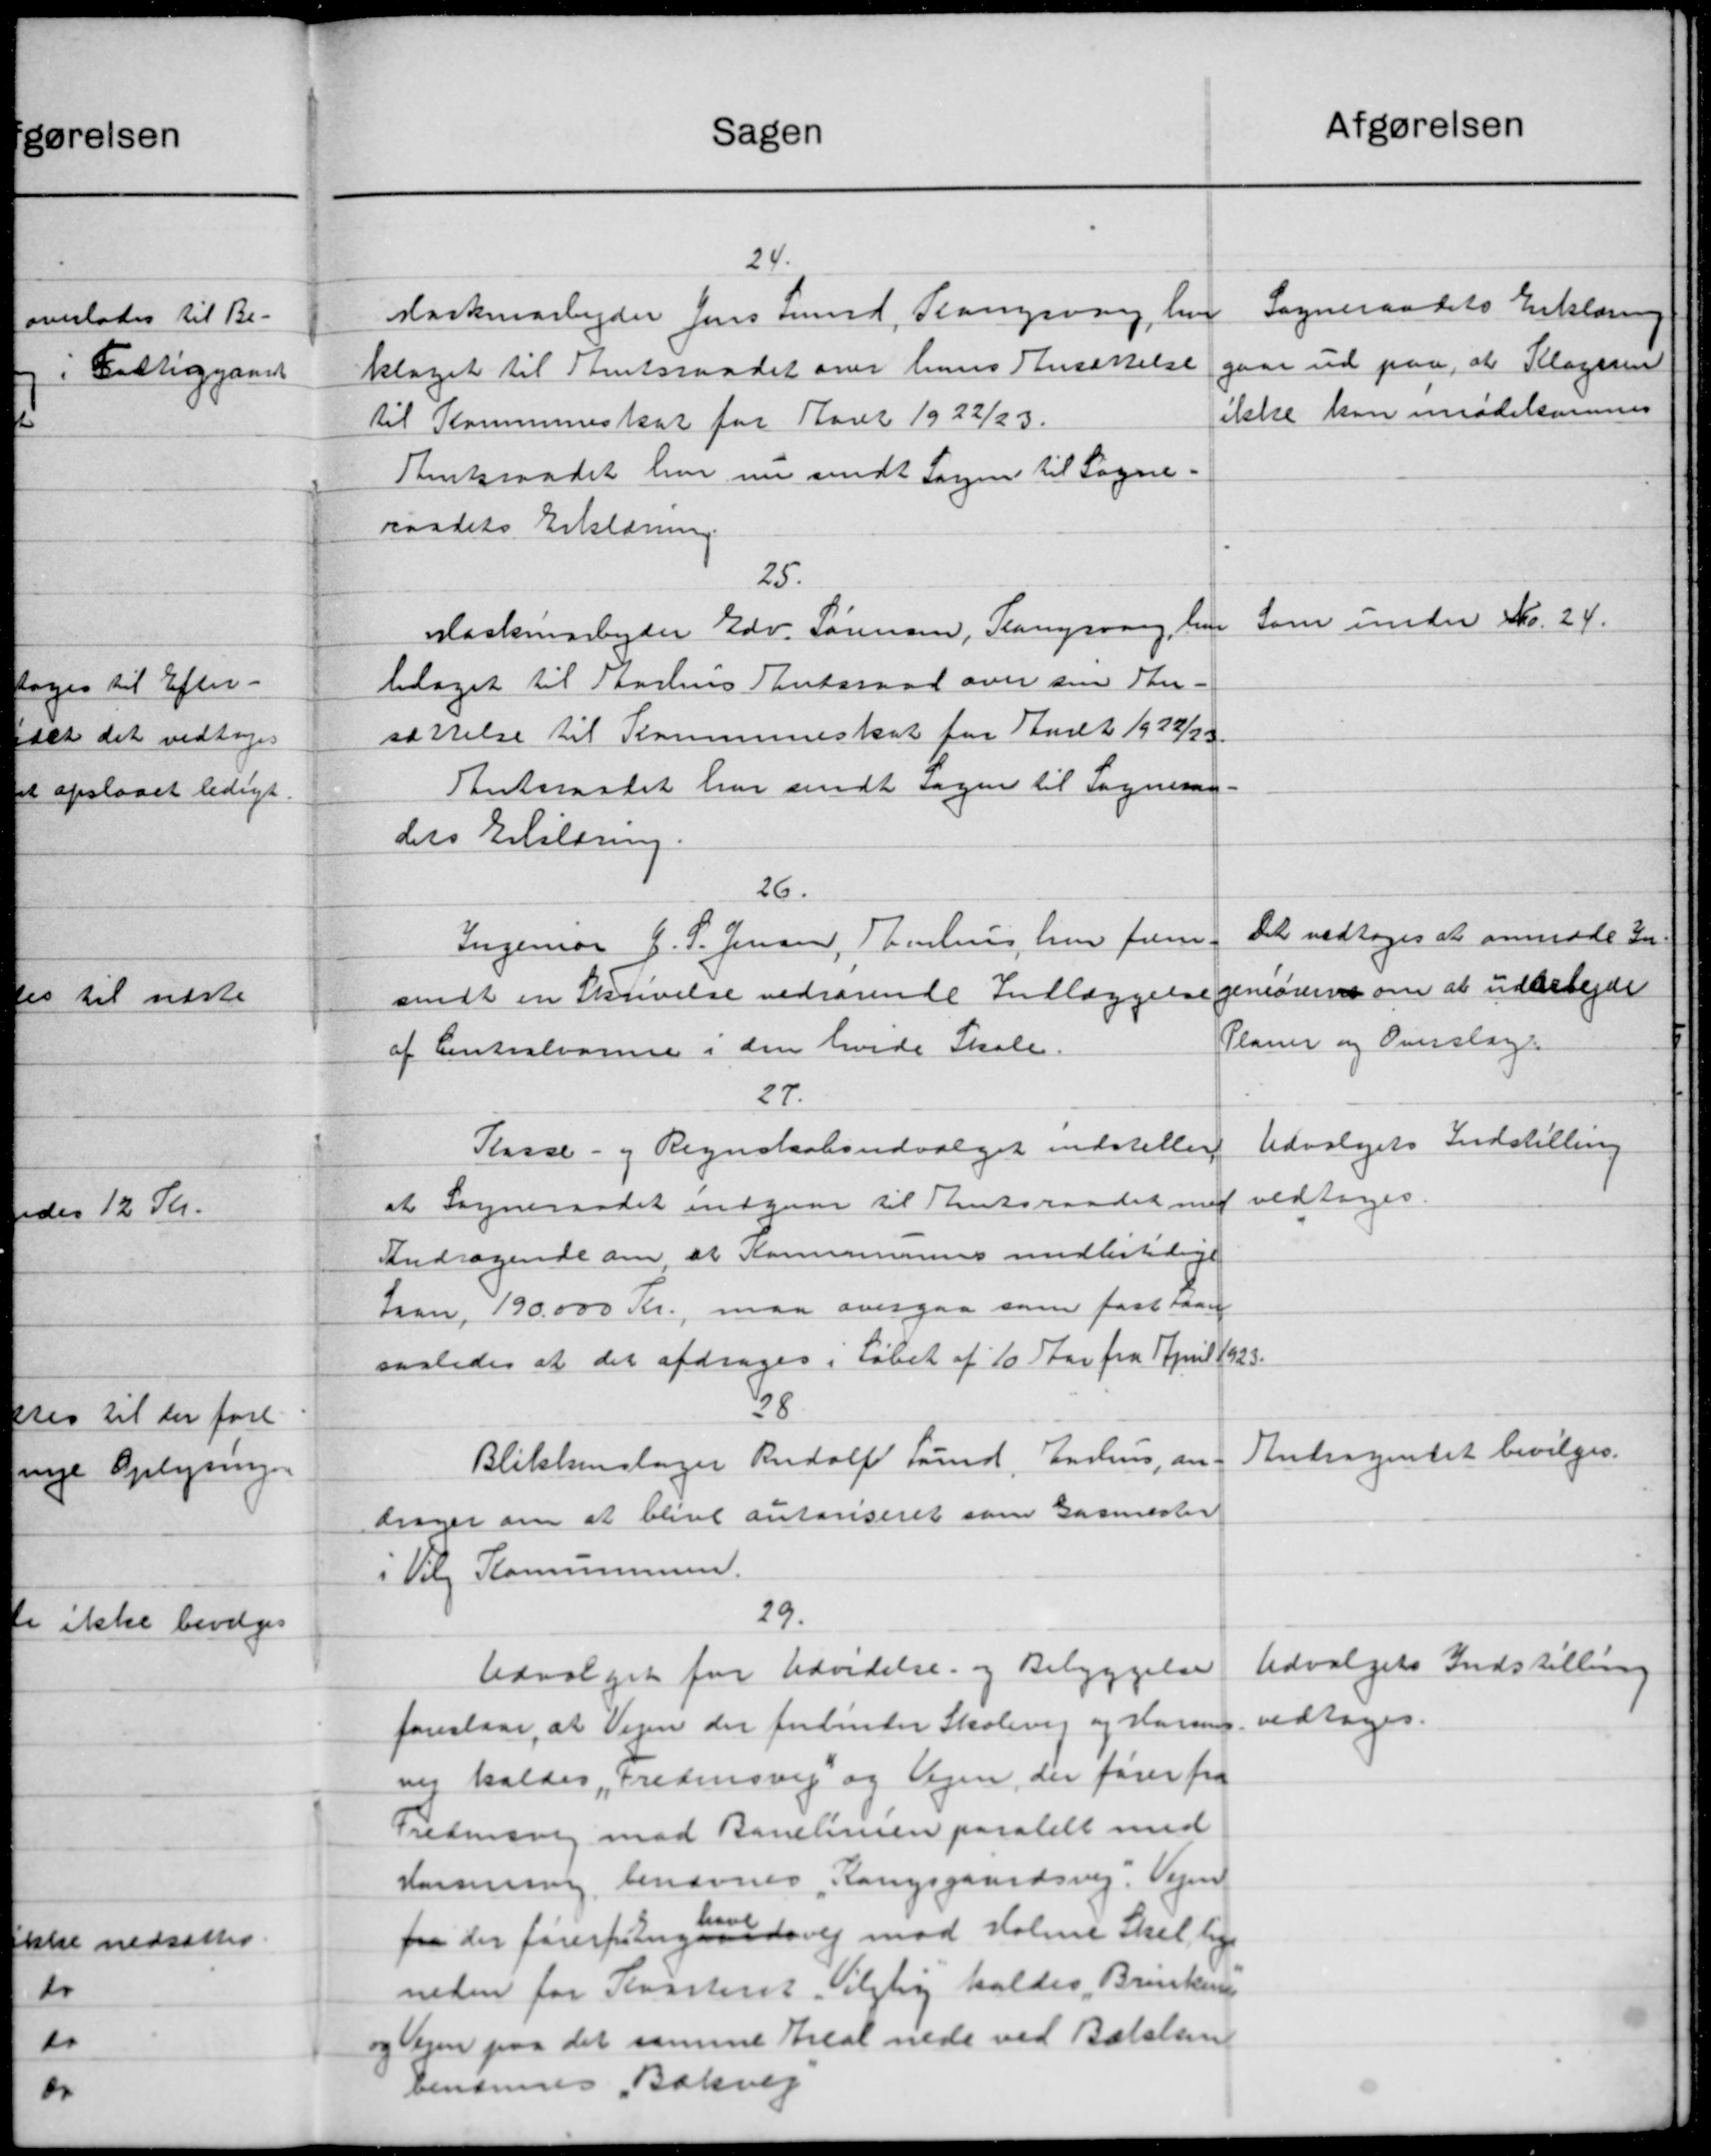
Transskription:
afgørelsen
Sagen
24.
Sogneraadets Erklæring
Maskinarbejder Jens Lund, Flangsvang, hvor
gaar ud paa, at Klagesen
klaget til Amtsraadet over hans Ansættelse
ikke kan imødekommes
til Kommuneskat for Aaret 1922/23.
Amtsraadet har nu sendt Sagen til Sogne-
raadets Erklæring.
25.
Som under Skr. 24.
Maskinarbejder Edv. Sørensen, Slangsvang, her
bilaget til Aarhus Amtsraad over sin Thu
sættelse til Kommuneskat for Stadt 1922/23
Antsraadet har sendt sagen til Sogneraad
dets Erklæring.
26.
Det vedtoges at anmode In
Ingeniør J. P. Jensen, Thohus, har frem
geniørerne om at udarbejde
sendt en Skrivelse vedrørende Indlæggelse
Planer og Overslage
af Centralvarme i den hvide Skole.
27.
Udvalgets Indstilling
Kasse- og Regnskabsudvalget indstiller
vedtoges.
at Sogneraadet indgaar til Amtsraadet med
Andragende om, at Kommunens midlertidige
Laan, 190.000 Kr., maa overgaa som fastsaare
saaledes at det afdrages i løbet af 10 Aar fra April 1923.
38
Andragendet bevilges.
Blikkenslager Rudolf Lund, Enshus, an-
drager om at blive autonseret som Garmester
i Vil Komunen.
29.
Udvalgets Indstilling
Udvalget for Udvidelse og Bebyggelse
vedtoges.
foreslaar, at Vejen der Julinter Skolevej og Hansen
nej kaldes, Fredensvej og Vejen, der fører fra
Fredensvej med Banelinien paastelt med
Kanning benævnes Rangsgaardsvej. Vejen
fra der forespørgensvej mod Holme Skel lige
neden for Kvarteret Valgling koldes Brinken
og Vejen paa det samme Areal nede ved Balelsen
Dendrines Bakvej